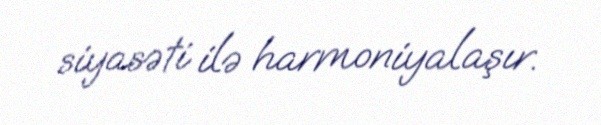
siyasəti ilə harmoniyalaşır.